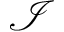
\mathcal { I }